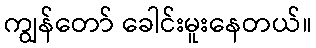
ကျွန်တော် ခေါင်းမူးနေတယ်။